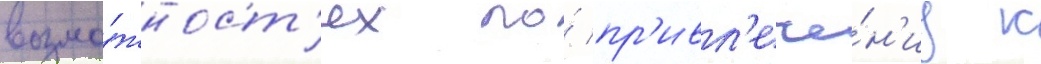
возмо́жност'ях по́ пр'ивл'ече́н'иу к